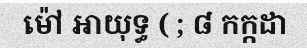
ម៉ៅ អាយុទ្ធ ( ; ៨ កក្កដា